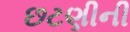
છટણીની